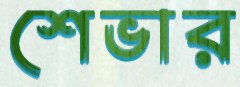
শেভার